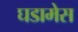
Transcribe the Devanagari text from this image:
घडामेस